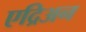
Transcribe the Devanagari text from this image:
एद्रिअन